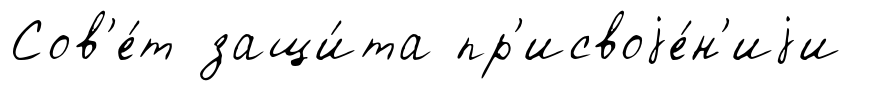
Сов'е́т защи́та пр'исвоjе́н'иjи